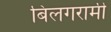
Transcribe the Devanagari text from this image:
बिलगरामी